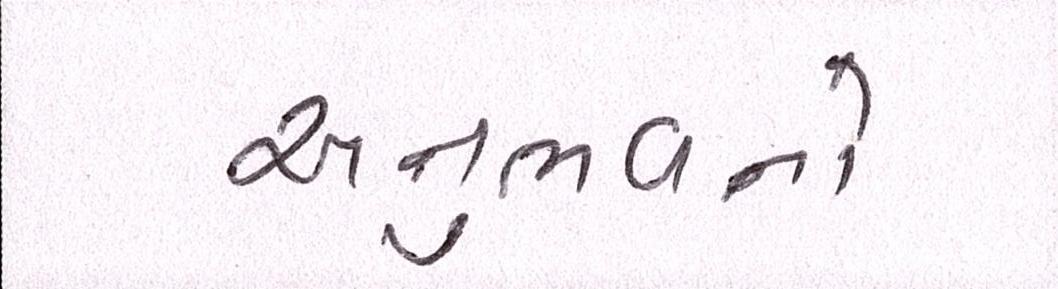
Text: અનુભવનો